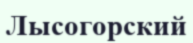
Лысогорский